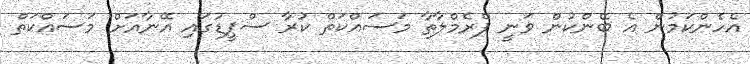
އެހެންކަމުން އެ ބޭންކުން ވަނީ ޕްރެމްލާތާ މަސައްކަތް ކުރާ ސްޕީޑުގައި އޭނާއަށް މަސައްކަތް